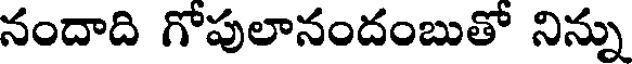
నందాది గోపులానందంబుతో నిన్ను